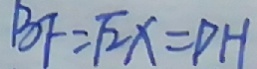
B F = \sqrt { 2 } x = D H